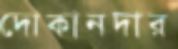
দোকানদার